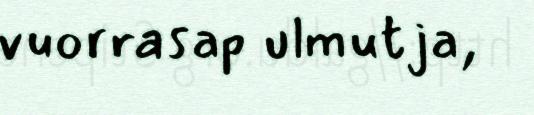
vuorrasap ulmutja,